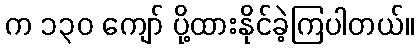
က ၁၃၀ ကျော် ပို့ထားနိုင်ခဲ့ကြပါတယ်။